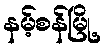
နမ့်စန်မြို့